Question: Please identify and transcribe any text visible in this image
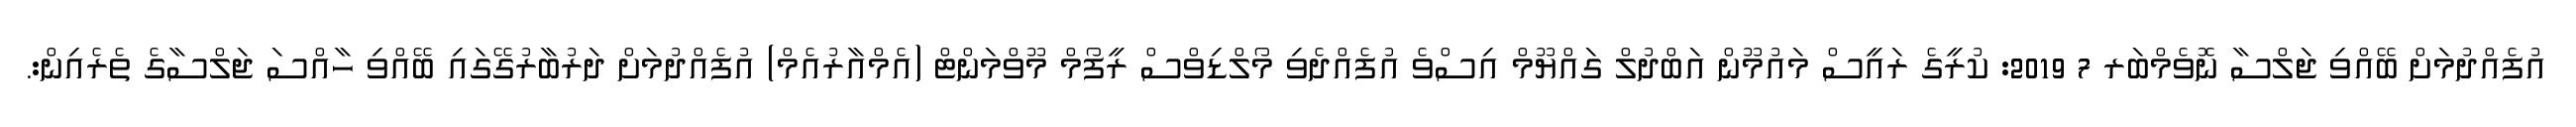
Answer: އުފެއްދުމަށް ބޭއްވި ޖަލްސާ ނޮވެމްބަރ 7 2019: ކުރީގެ ރައީސް މައުމޫން އަބްދުލް ގައްޔޫމް އިސްވެ އުފެއްދެވި މޯލްޑިވްސް ރީފޯމް މޫވްމަންޓް (އެމްއާރުއެމް) އުފެއްދުމަށް ދަރުބާރުގޭގައި ބޭއްވި ހާއްސަ ޖަލްސާގެ ތެރެއިން:.